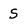
Character: S